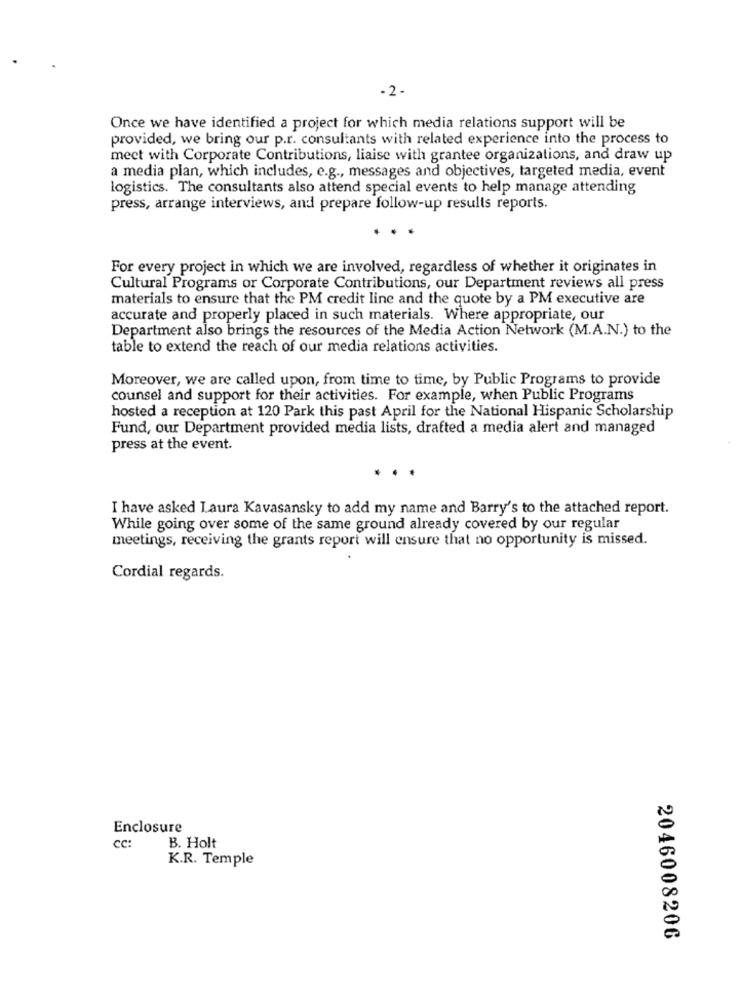
-2.
Once we have identified a project for which media relations support will be
provided, we bring our p.r. consultants with related experience into the process to
meet with Corporate Contributions, liaise with grantee organizations, and draw up
a media plan, which includes, e.g ., messages and objectives, targeted media, event
logistics. The consultants also attend special events to help manage attending
press, arrange interviews, and prepare follow-up results reports.
For every project in which we are involved, regardless of whether it originates in
Cultural Programs or Corporate Contributions, our Department reviews all press
materials to ensure that the PM credit line and the quote by a PM executive are
accurate and properly placed in such materials. Where appropriate, our
Department also brings the resources of the Media Action Network (M.A.N.) to the
table to extend the reach of our media relations activities.
Moreover, we are called upon, from time to time, by Public Programs to provide
counsel and support for their activities. For example, when Public Programs
hosted a reception at 120 Park this past April for the National Hispanic Scholarship
Fund, our Department provided media lists, drafted a media alert and managed
press at the event.
..
I have asked Laura Kavasansky to add my name and Barry's to the attached report.
While going over some of the same ground already covered by our regular
meetings, receiving the grants report will ensure that no opportunity is missed.
Cordial regards.
Enclosure
cc:
B. Holt
K.R. Temple
2046008206